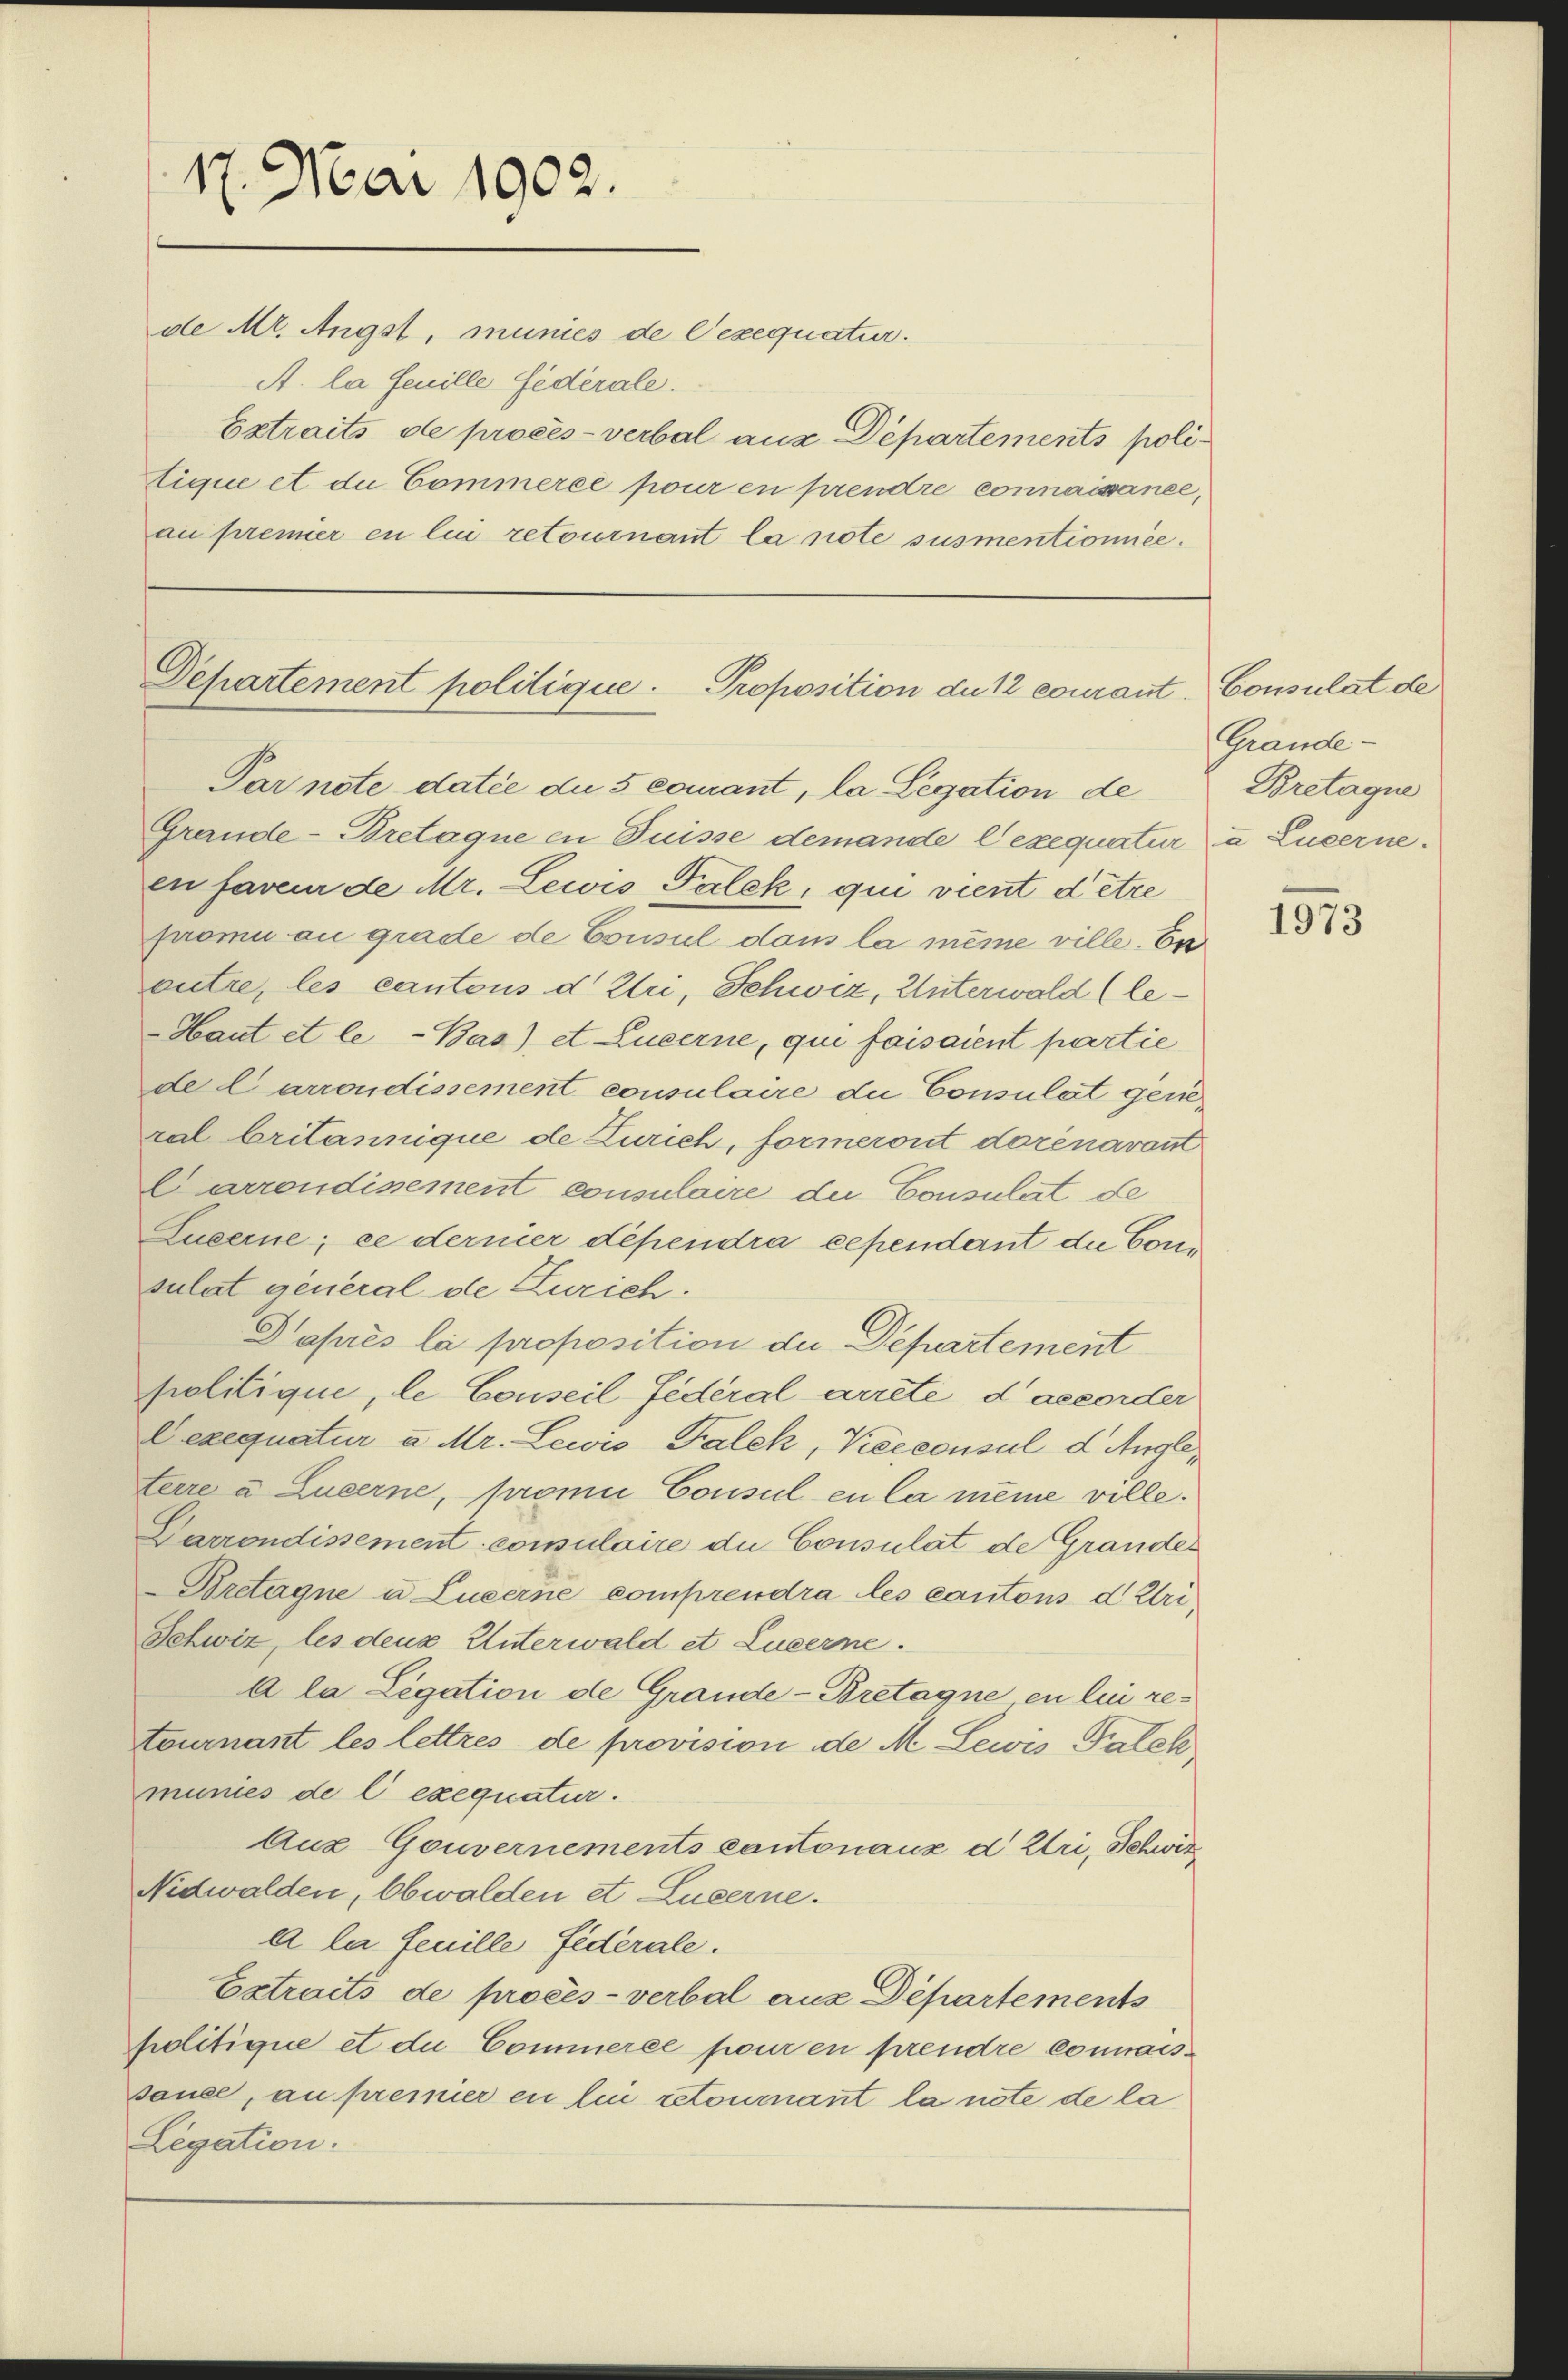
17. Mai 1902.

de Mt. Angst, munies de lexequatur.
A. la feuille Federale.
Extraits de procès-verbal aus Departements politique et die Commerce pour en prendre connaissance,
au premier en lui retournant la pote susmentionnée.

Departement politique. Proposition du courant
Par note datie du 5 comant, la Legation de

Grande-Bretaque in Duisse demande l’exequatur da Lucerne.
en faveur de Mr. Lewis Palek, qui vient d’être
promi au grade de Consul dem la même ville. En
outre, les cantons d. Uri, Schwiz, Unterwald (le¬
Haut et le-Bas), et Lucerne, qui faisaient partie
de Carrondissement consulaire die Consulat general britannique de Zürich, formeront derenavant
Carrondisement consulaire die Consulat de
Luserne; ce dernier dépendra cependant die Consulat general de Zürich.
Daprès la proposition der Departement
politique, le Conseil Federal arrete, d accorder
Dexequatur a Mr. Lewis Falck, Keeconsul d. Angeterre u Lucerne, promie Consul en la meine ville.
Darrondissement consulaire du Consulat de Grandes
Bretagne u Luzerne comprendra les cantons d. Uri¬
Schwiz, les deus Unterwald et Luzerne.
A la Legation de Grande-Bretagne en lui retournant les lettres de provision de M. Lewis Palek
munies de C exequatur.
Aus Gouvernements cantonauz d Uri, Schwiz¬
Nidwalden, Obwalden et Luzerne.
A la feuille Federale.
Extraits de procès-verbal aus Departements
politique et die Commerce pour en prendre connaissauce, au premier en lin retournant la note de la
Legation.

Consulat de
Grände¬
Bretagne

1973